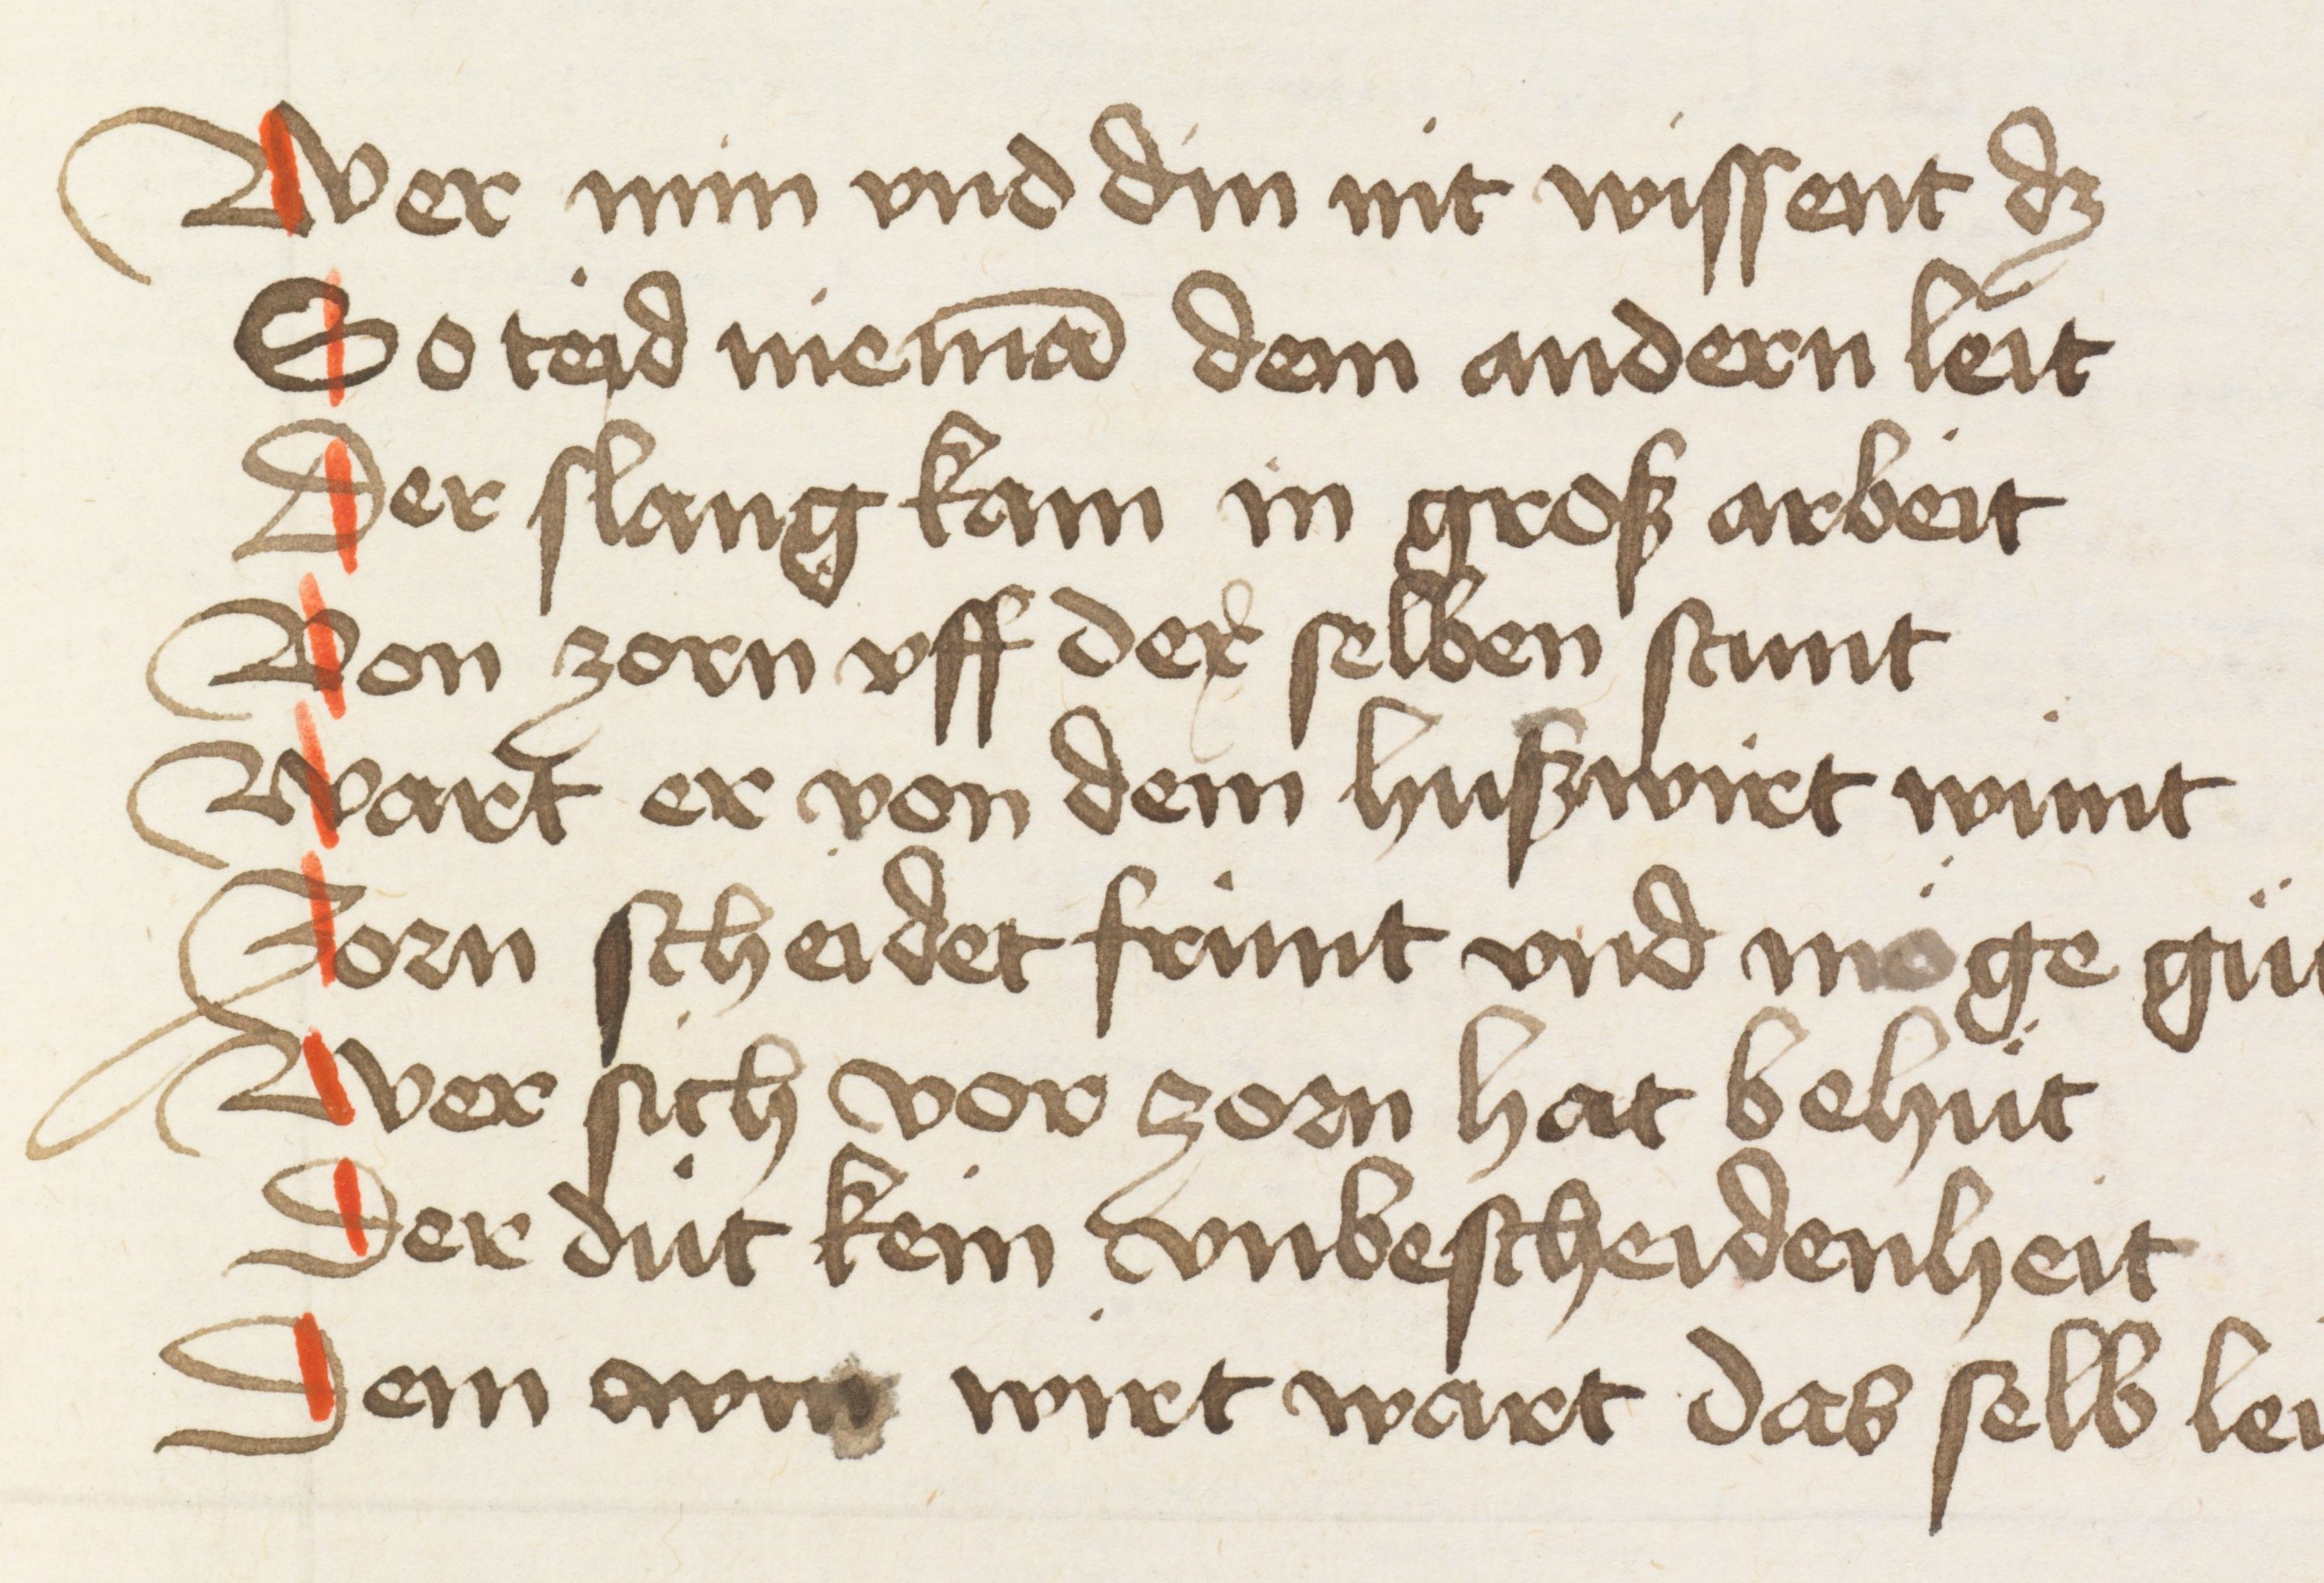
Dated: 1440–1475